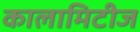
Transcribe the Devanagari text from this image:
कालामिटीज